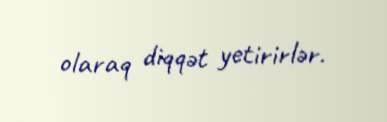
olaraq diqqət yetirirlər.